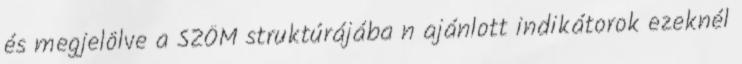
és megjelölve a SZÖM struktúrájába n ajánlott indikátorok ezeknél